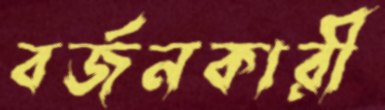
বর্জনকারী